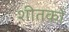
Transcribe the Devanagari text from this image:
शीतकों